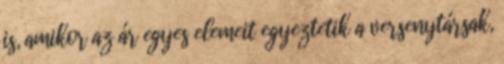
is, amikor az ár egyes elemeit egyeztetik a versenytársak,